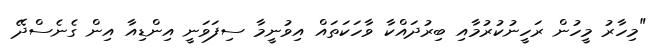
"މިހާރު މީހުން ރަހީނުކުރުމާއި ބިރުދައްކާ ވާހަކަތައް އިވުނީމާ ސިފަވަނީ އިންޑިއާ އިން ގެނެސްދޭ